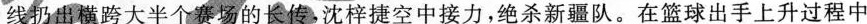
线扔出横跨大半个赛场的长传，沈梓捷空中接力，绝杀新疆队。在篮球出手上升过程中